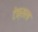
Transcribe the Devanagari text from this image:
टेक्सला